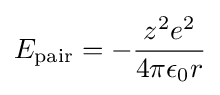
E_{\text{pair}}=-{\frac {z^{2}e^{2}}{4\pi \epsilon _{0}r}}